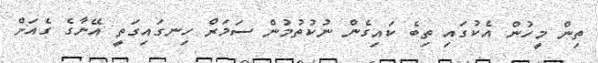
ތިން މީހުން އެކުގައި ތިބެ ކައިގެން ނުކުތުމުން ސަމަރް ހިނގައިގަތީ އޭނާގެ ގެއަށް